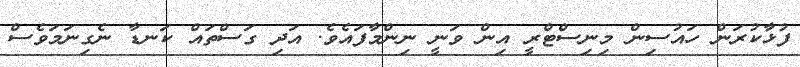
ފުޅާކުރަން ހައުސިން މިނިސްޓްރީ އިން ވަނީ ނިންމާފައެވެ. އަދި ގަސްތައް ކަަނޑާ ނެގިނަމަވެސް